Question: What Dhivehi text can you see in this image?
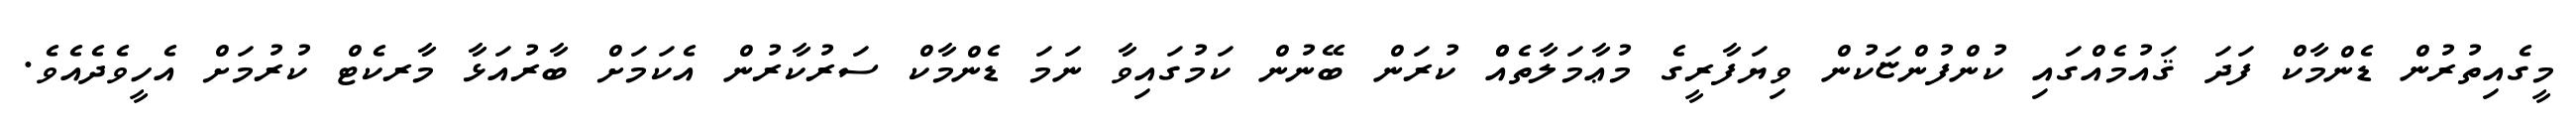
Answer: މީގެއިތުރުން ޑެންމާކް ފަދަ ޤައުމެއްގައި ކުންފުންޏަކުން ވިޔަފާރީގެ މުޢާމަލާތެއްް ކުރަން ބޭނުން ކަމުގައިވާ ނަމަ ޑެންމާކް ސަރުކާރުން އެކަމަށް ބާރުއަޅާ މާރކެޓް ކުރުމަށް އެހީވެދެއެވެ.